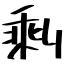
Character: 剩